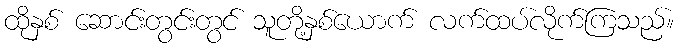
ထိုနှစ် ဆောင်းတွင်းတွင် သူတို့နှစ်ယောက် လက်ထပ်လိုက်ကြသည်။